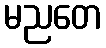
မညတေ